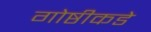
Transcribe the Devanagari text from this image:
गोष्ठीकडे